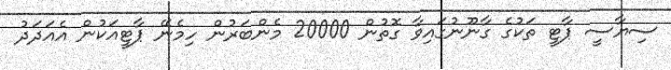
ސިޔާސީ ޕާޓީ ތަކުގެ ގާނޫނުގައިވާ ގޮތުން 20000 މެންބަރުން ހިމެނޭ ޕާޓީއަކުން އެއަދަދު